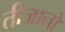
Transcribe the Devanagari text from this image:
तीजानो